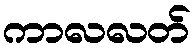
ကာလလတ်